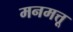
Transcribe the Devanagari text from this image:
मनमत्तू